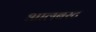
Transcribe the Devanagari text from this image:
आलबरट